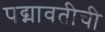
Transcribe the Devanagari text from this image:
पद्मावतीची